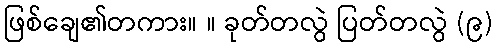
ဖြစ်ချေ၏တကား။ ။ ခုတ်တလွဲ ပြတ်တလွဲ (၉)